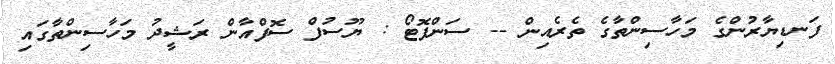
ފަނޑިޔާރުންގެ މަހާސިންތާގެ ތެރެއިން -- ސަންފޮޓޯ : ޔޫސުފް ސޮފްއާން ރަޝީދު މަހާސިންތާގައި